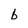
Character: b